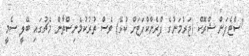
"ސްޓެފަން ޝްރޮކް (ޖަރުމަނުގެ ފްރެންކްފަޓަށް ކުޅޭ) ވެސް ތުރުކުމެނިސްތާން މެޗުގައި ބޭލީ ސެމީ